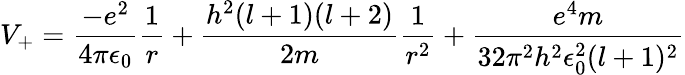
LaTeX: V_{+}={\frac{-e^{2}}{4\pi\epsilon_{0}}}{\frac{1}{r}}+{\frac{h^{2}(l+1)(l+2)}{2m}}{\frac{1}{r^{2}}}+{\frac{e^{4}m}{32\pi^{2}h^{2}\epsilon_{0}^{2}(l+1)^{2}}}